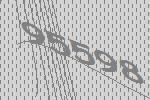
95598